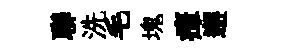
聯洗毛塊瘴邂